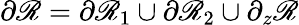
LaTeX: \partial\mathscr{R}=\partial\mathscr{R}_{1}\cup\partial\mathscr{R}_{2}\cup\partial_{z}\mathscr{R}